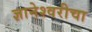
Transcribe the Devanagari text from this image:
ज्ञानेश्‍वरीचा